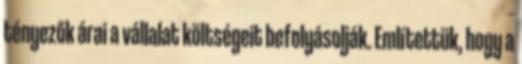
tényezők árai a vállalat költségeit befolyásolják. Említettük, hogy a